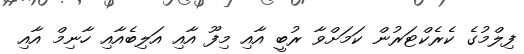
ފިލްމުގެ ކެރެކްޓަރުން ކަމަށްވާ ރުބީ އާއި މިފޫ އާއި އަލިބެއާއި ހާނިމް އާއި